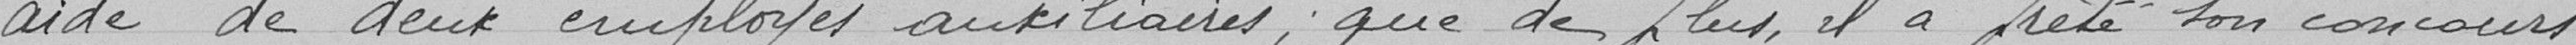
aide de deux employés auxiliaires, que de plus, il a prêté son concours